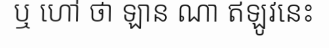
ឬ ហៅ ថា ឡាន ណា ឥឡូវនេះ